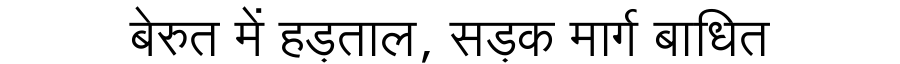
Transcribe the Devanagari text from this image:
बेरुत में हड़ताल, सड़क मार्ग बाधित